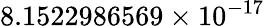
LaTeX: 8.1522986569\times 10^{-17}